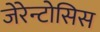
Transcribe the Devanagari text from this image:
जेरेन्टोसिस